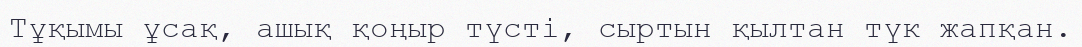
Тұқымы ұсақ, ашық қоңыр түсті, сыртын қылтан түк жапқан.